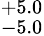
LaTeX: ^{+5.0}_{-5.0}